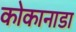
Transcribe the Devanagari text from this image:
कोकानाडा